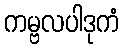
ကမ္ဗလပါဒုကံ